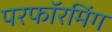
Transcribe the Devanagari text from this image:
परफॉरमिंग